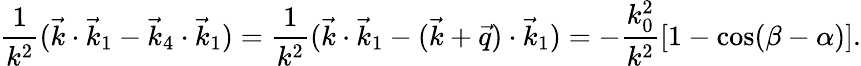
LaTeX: \frac{1}{k^{2}}(\vec{k}\cdot\vec{k}_{1}-\vec{k}_{4}\cdot\vec{k}_{1})=\frac{1}{k^{2}}(\vec{k}\cdot\vec{k}_{1}-(\vec{k}+\vec{q})\cdot\vec{k}_{1})=-\frac{k_{0}^{2}}{k^{2}}[1-\cos(\beta-\alpha)].